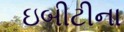
ઇબીટીના